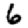
Digit: 6